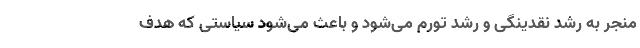
منجر به رشد نقدینگی و رشد تورم می‌شود و باعث می‌شود سیاستی که هدف